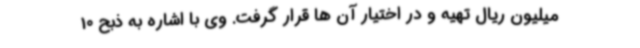
میلیون ریال تهیه و در اختیار آن ها قرار گرفت. وی با اشاره به ذبح 10